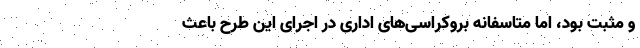
و مثبت بود، اما متاسفانه بروکراسی‌های اداری در اجرای این طرح باعث